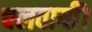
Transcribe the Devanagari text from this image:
चलवायीं।